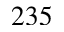
2 3 5